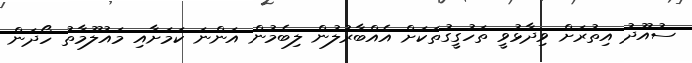
ސުއޫދު އިތުރަށް ވިދާޅުވީ ތަހުގީގުތަކަށް އެއްބާރުލުން ލިބެމުން އަންނަ ކަމަށާއި މައުލޫމާތު ހޯދަން